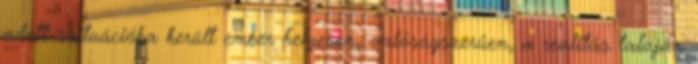
adott szituációba került ember helyesen, valóságszerűen, a realitás talaján